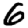
Digit: 6